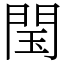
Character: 閠